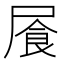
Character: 䬤